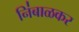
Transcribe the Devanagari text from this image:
नि॑बाळकर